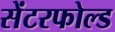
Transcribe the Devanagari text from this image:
सेंटरफोल्ड